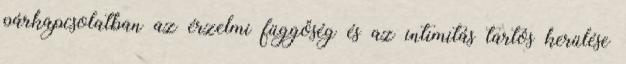
párkapcsolatban az érzelmi függőség és az intimitás tartós kerülése